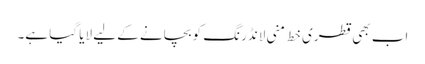
اب بھی قطری خط منی لانڈرنگ کو بچانے کے لیے لایا گیا ہے۔